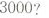
3000?